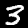
Digit: 3